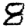
Digit: 8